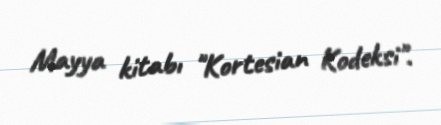
Mayya kitabı "Kortesian Kodeksi".